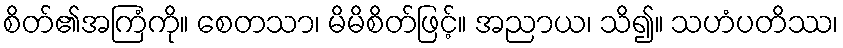
စိတ်၏အကြံကို။ စေတသာ၊ မိမိစိတ်ဖြင့်။ အညာယ၊ သိ၍။ သဟံပတိဿ၊